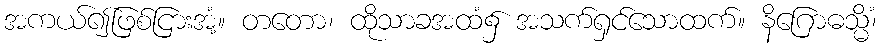
အကယ်၍ဖြစ်ငြားအံ့။ တတော၊ ထိုသာခအထံ၌ အသက်ရှင်သောထက်။ နိဂြောဓသ္မိံ၊